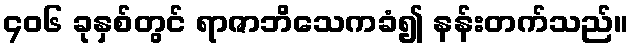
၄၀၆ ခုနှစ်တွင် ရာဇာဘိသေကခံ၍ နန်းတက်သည်။